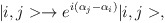
\begin{align*}|i,j> \rightarrow e^{i(\alpha_j-\alpha_i)}|i,j>,\end{align*}